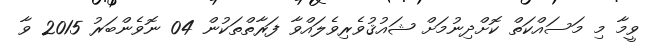
ވީމާ މި މަސައްކަތް ކޮށްދިނުމަށް ޝައުޤުވެރިވެލައްވާ ފަރާތްތަކުން 04 ނޮވެންބަރު 2015 ވާ